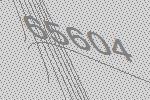
65604